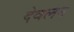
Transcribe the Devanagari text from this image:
देवलन